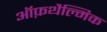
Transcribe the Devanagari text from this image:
ऑफ़थैल्मिक